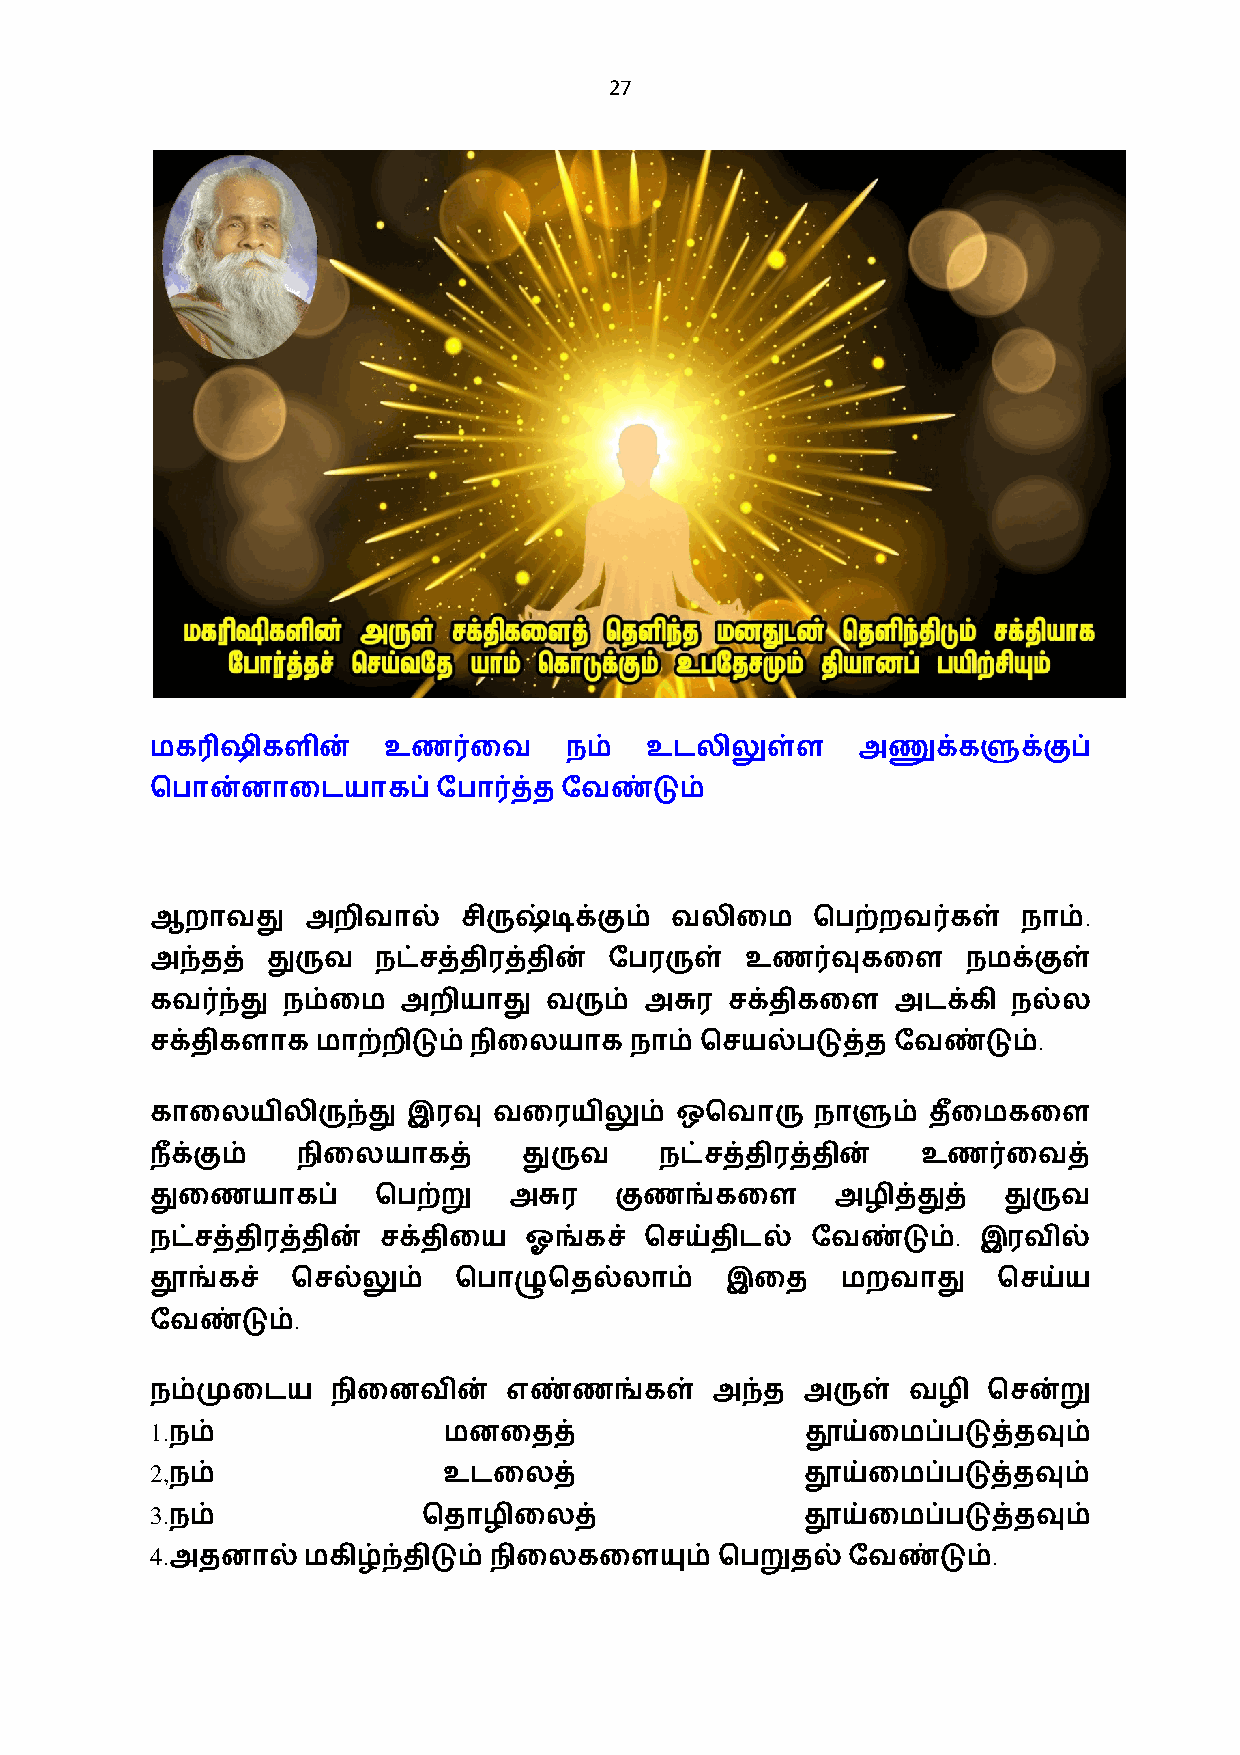
27
 மக3ஷிகளின்     உண0ைவ       நம்   உடலிலுள்ள     அணுக்களுக்குப்
 ெபான்னாைடயாகப்ேபா0த்த      ேவண்டும்
 .
 ஆறாவது    அறிவால்   சிருஷ்டிக்கும் வலிைம    ெபற்றவ0கள்    நாம்
 அந்தத்  துருவ  நட்சத்திரத்தின் ேபரருள் உண0வுகைள       நமக்குள்
 கவ0ந்து  நம்ைம  அறியாது   வரும்  அசுர சக்திகைள   அடக்கி  நல்ல
 .
 சக்திகளாக  மாற்றிடும் நிைலயாக   நாம் ெசயல்படுத்த ேவண்டும்
 காைலயிலிருந்து   இரவு  வைரயிலும்   ஒெவாரு   நாளும் தை+ மகைள
 ந+க்கும்  நிைலயாகத்      துருவ    நட்சத்திரத்தின்  உண0ைவத்
 துைணயாகப்      ெபற்று   அசுர   குணங்கைள      அழித்துத்  துருவ
 .
 நட்சத்திரத்தின் சக்திைய  ஓங்கச்  ெசய்திடல்  ேவண்டும்   இரவில்
 தூங்கச்  ெசல்லும்   ெபாழுெதல்லாம்     இைத     மறவாது    ெசய்ய
 .
 ேவண்டும்
 நம்முைடய    நிைனவின்    எண்ணங்கள்    அந்த  அருள்  வழி  ெசன்று
 1.
 நம்               மனைதத்                  தூய்ைமப்படுத்தவும்
 2,
 நம்               உடைலத்                  தூய்ைமப்படுத்தவும்
 3.
 நம்              ெதாழிைலத்                தூய்ைமப்படுத்தவும்
 4.                                                      .
 அதனால்மகிழ்ந்திடும்நிைலகைளயும்       ெபறுதல்ேவண்டும்